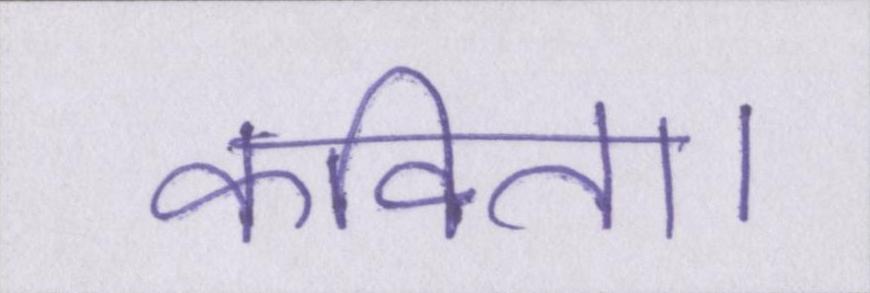
कविता।